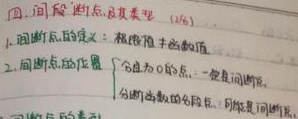
四、间断点及其类型（15分）
1. 间断点的定义：极限值 \(\neq\) 函数值
2. 间断点的位置：
    - 无定义的点：一定是间断点
    - 分段函数的分段点：可能是间断点